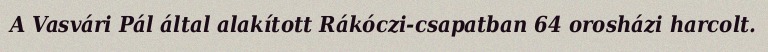
A Vasvári Pál által alakított Rákóczi-csapatban 64 orosházi harcolt.